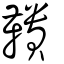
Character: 鞼